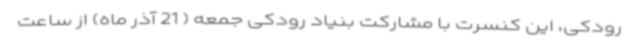
رودکی، این کنسرت با مشارکت بنیاد رودکی جمعه ( 21 آذر ماه) از ساعت